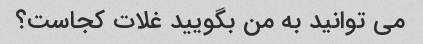
می توانید به من بگویید غلات کجاست؟